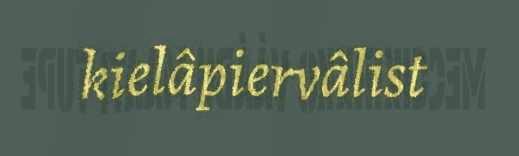
kielâpiervâlist